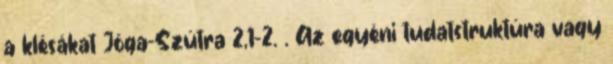
a klésákat Jóga-Szútra 2,1-2. . Az egyéni tudatstruktúra vagy